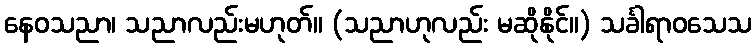
နေဝသညာ၊ သညာလည်းမဟုတ်။ (သညာဟုလည်း မဆိုနိုင်။) သင်္ခါရာဝသေသ